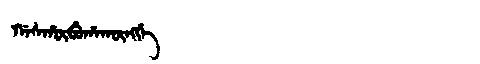
Manchu: ᡤᠠᠰᡥᡡᠪᡠᡥᠠᡴᡡᠩᡤᡝ
Romanization: GASHŪBUHAKŪNGGE